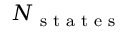
N _ { \textrm { s t a t e s } }